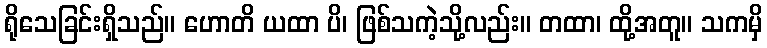
ရိုသေခြင်းရှိသည်။ ဟောတိ ယထာ ပိ၊ ဖြစ်သကဲ့သို့လည်း။ တထာ၊ ထို့အတူ။ သကမှိ